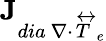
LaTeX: \textbf{J}_{dia\ \nabla\cdot\overleftrightarrow{T}_{e}}